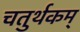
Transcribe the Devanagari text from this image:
चतुर्थकम्